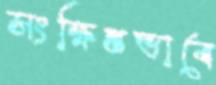
সংক্ষিপ্তভাবে